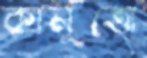
কানুত্তো